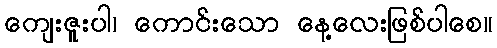
ကျေးဇူးပါ၊ ကောင်းသော နေ့လေးဖြစ်ပါစေ။